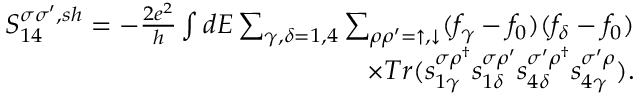
\begin{array} { r } { { S _ { 1 4 } ^ { \sigma \sigma ^ { \prime } , s h } } = - \frac { 2 e ^ { 2 } } { h } \int d E \sum _ { \gamma , \delta = 1 , 4 } \sum _ { \rho \rho ^ { \prime } = \uparrow , \downarrow } ( f _ { \gamma } - f _ { 0 } ) ( f _ { \delta } - f _ { 0 } ) } \\ { \times T r ( s _ { 1 \gamma } ^ { \sigma \rho ^ { \dagger } } s _ { 1 \delta } ^ { \sigma \rho ^ { \prime } } s _ { 4 \delta } ^ { \sigma ^ { \prime } \rho ^ { \dagger } } s _ { 4 \gamma } ^ { \sigma ^ { \prime } \rho } ) . } \end{array}